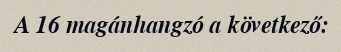
A 16 magánhangzó a következő: